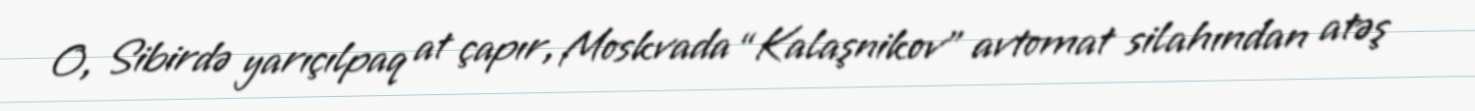
O, Sibirdə yarıçılpaq at çapır, Moskvada “Kalaşnikov” avtomat silahından atəş